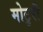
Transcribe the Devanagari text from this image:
मोटुरी